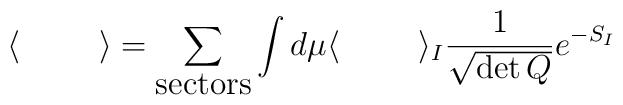
\langle \hskip 1cm \rangle = \sum_{\mbox{sectors}} \int d\mu \langle \hskip 1cm \rangle_I\frac{1}{\sqrt{\det Q}} e^{-S_I}